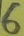
Text: 6